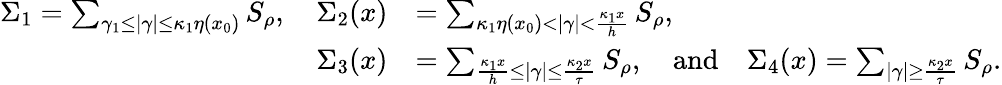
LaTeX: \begin{array}{rl}{\Sigma_{1}=\sum_{\gamma_{1}\leq|\gamma|\leq\kappa_{1}\eta(x_{0})}S_{\rho},\quad\Sigma_{2}(x)}&{=\sum_{\kappa_{1}\eta(x_{0})<|\gamma|<\frac{\kappa_{1}x}{h}}S_{\rho},\quad}\\ {\Sigma_{3}(x)}&{=\sum_{\frac{\kappa_{1}x}{h}\leq|\gamma|\leq\frac{\kappa_{2}x}{\tau}}S_{\rho},\quad\mathrm{and}\quad\Sigma_{4}(x)=\sum_{|\gamma|\geq\frac{\kappa_{2}x}{\tau}}S_{\rho}.}\end{array}